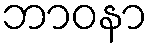
ဘာဝနာ